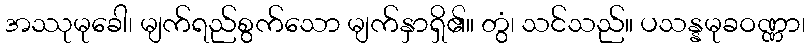
အဿုမုခေါ၊ မျက်ရည်စွက်သော မျက်နှာရှိ၏။ တွံ၊ သင်သည်။ ပသန္နမုခဝဏ္ဏာ၊